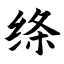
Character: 绦